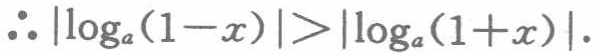
\(\therefore |\log_{a}(1 - x)|>|\log_{a}(1 + x)|\).